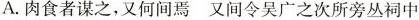
A.肉食者谋之，又何间焉又间令吴广之次所旁丛祠中